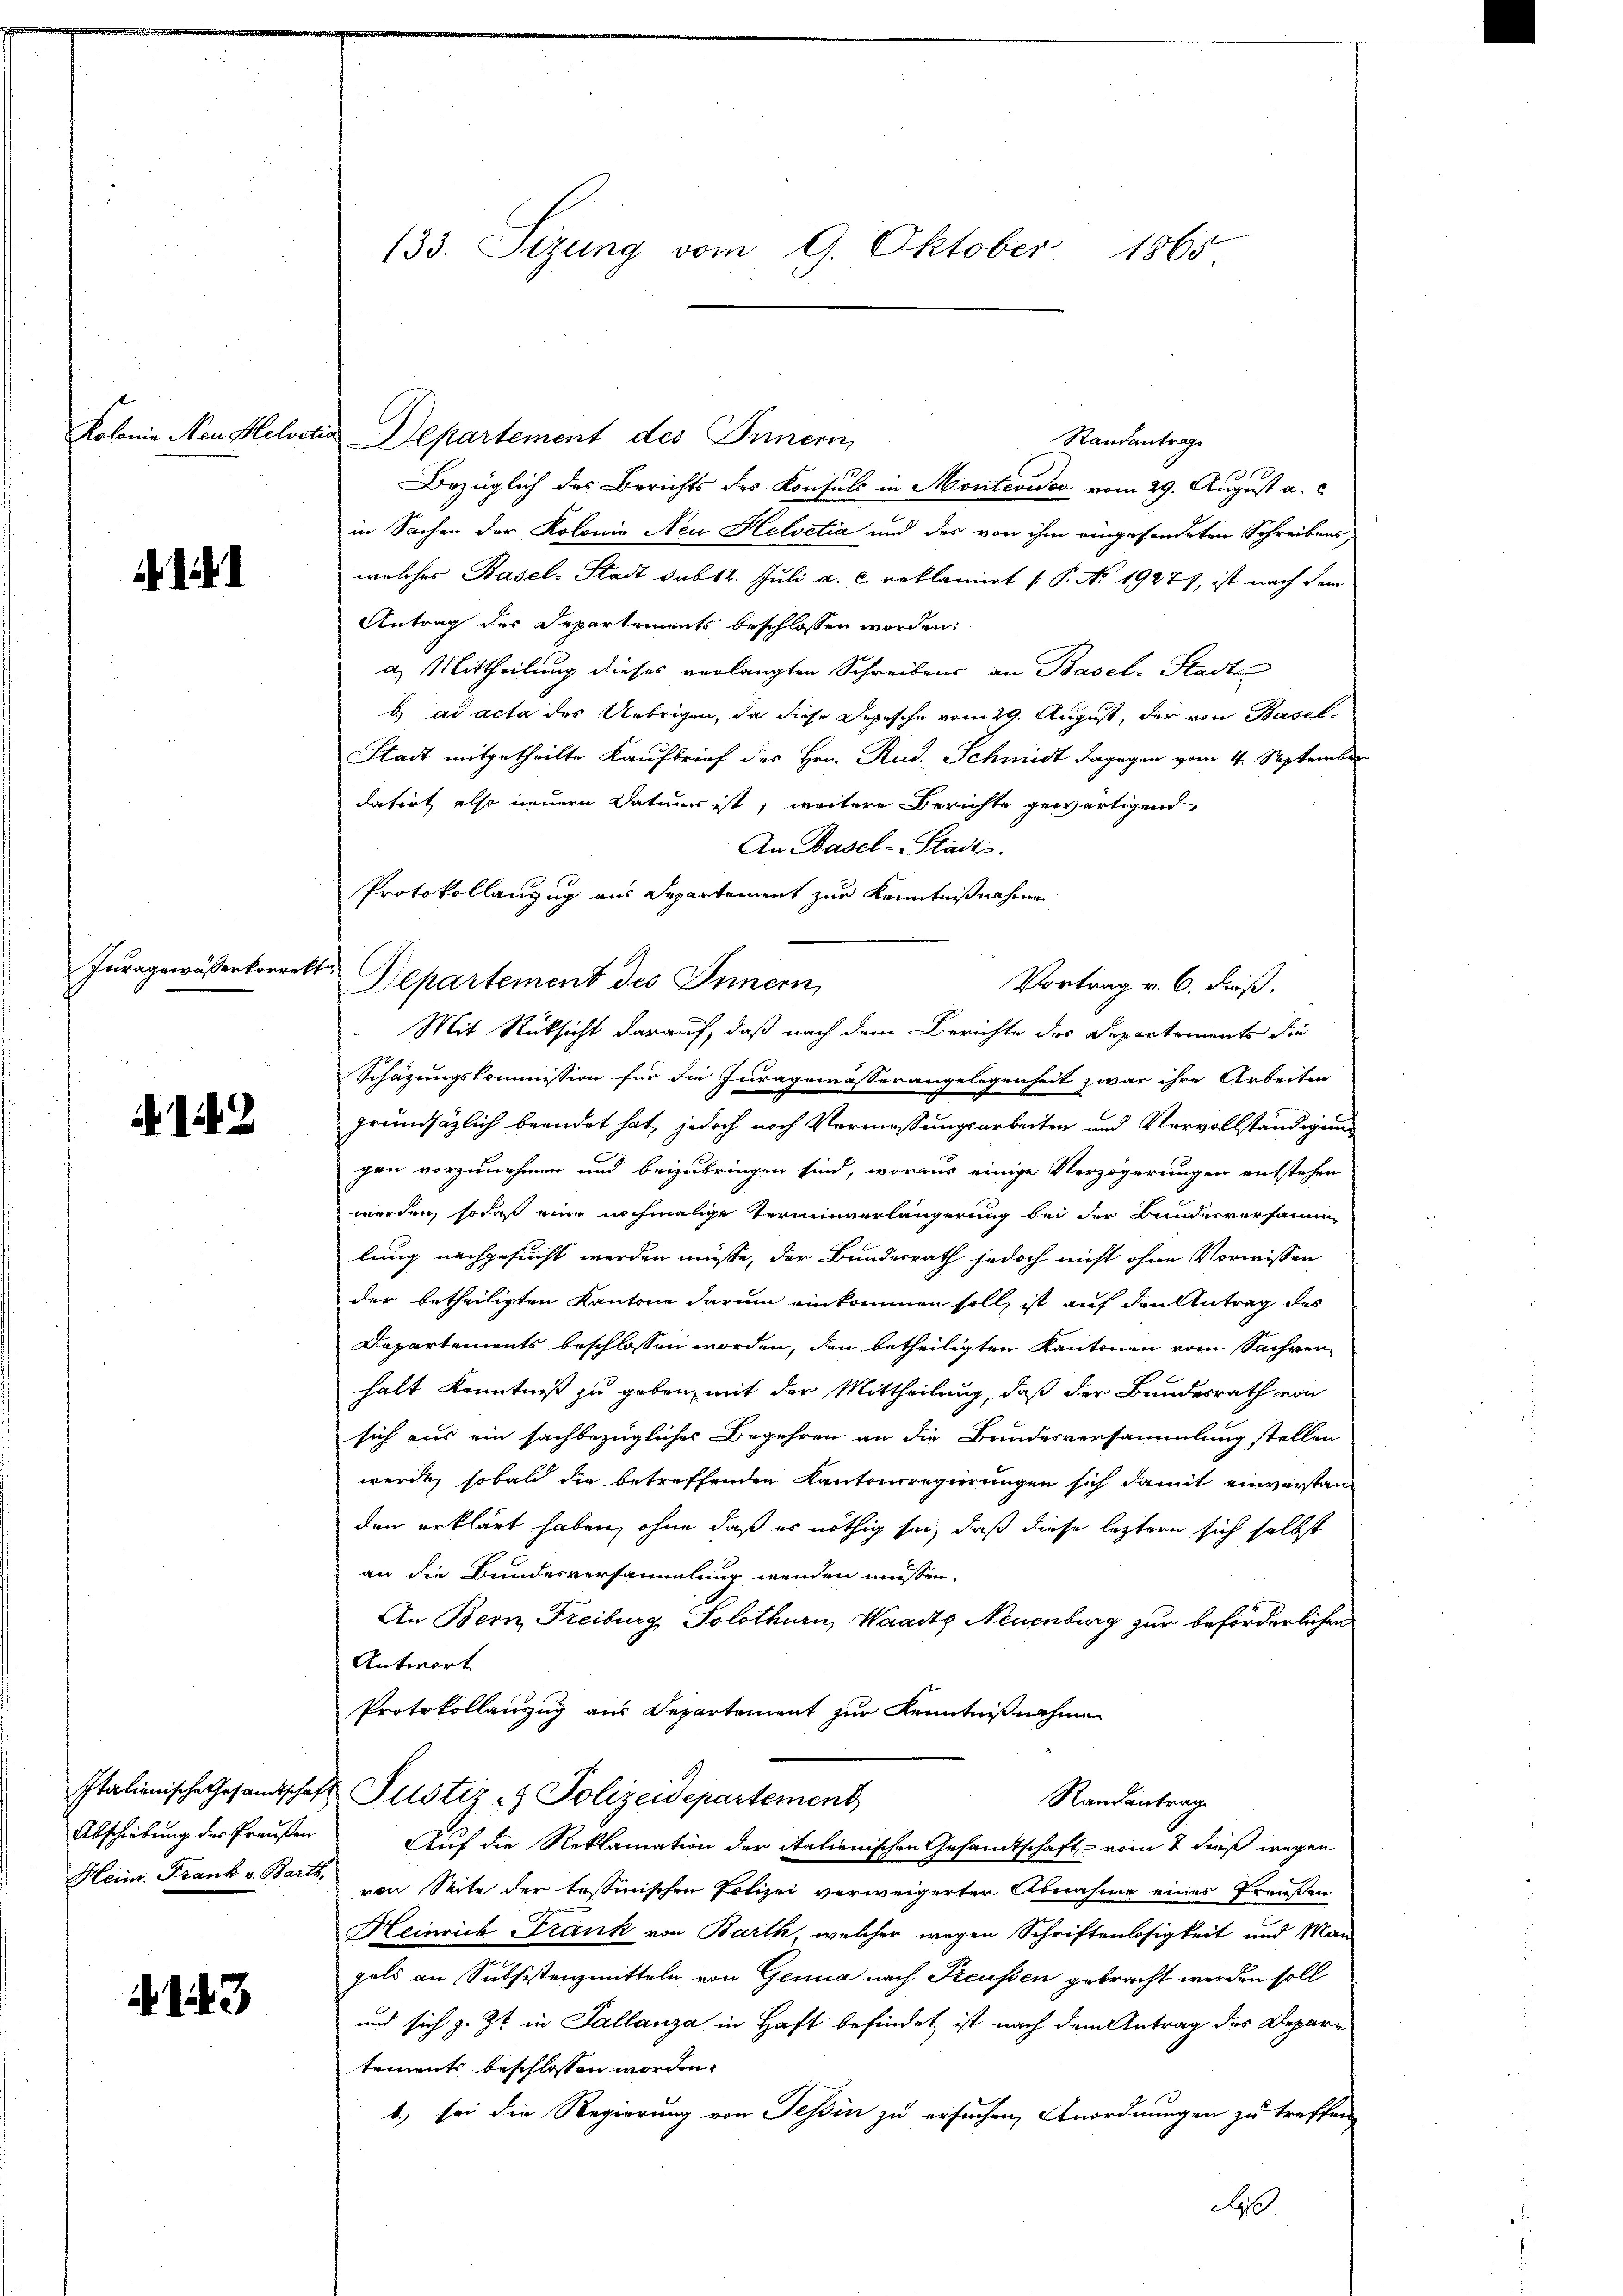
.

Juragewässerkorrekti

142

Abschiebung des Praußen

143

133. Sizung vom 9. Oktober 1865.

Kolonie Neu Helvetia Departement des Innern,
Randantrag
100.
Bezüglich des Berichts des Konsuls in Montevide vom 29. August a. c.
in Sachen der Kolonie Neu Helvetia und des von ihm eingesonderten Schreibens,
welches Basel-Stadt sub 12. Juli a. c. reklamirt [P. No. 1927), ist nach dem
Antrag des Departements beschlossen worden:
a. Mittheilung dieses verlangten Schreibens an Basel-Stadt
b ad acta des Uebrigen, da diese Depesche vom 29. August, der von Basel¬
Stadt mitgetheilte Kaufbrief des Hrn. Rud. Schmidt dagegen vom 4. September
datirt also neuern Datuum ist, weitere Berichte gewärtigend
An Basel-Stadt.
Protokollanzug aus Separtement zur Kenntnißnahme
Departement des Innern,
Vortrag v. 6. dieß.
Mit Rücksicht darauf, daß nach dem Berichte des Departements die
Schazungskommission für die Juragewasser angelegenheit zwar ihre Arbeiten
grundsätzlich beendet hat, jedoch nach Vermessungsarbeiten und Vervollständigung
gen vorzunehmen und beizubringen sind, woraus einige Verzögerungen entstehen
werden, sodaß eine nochmalige Terminverlängerung bei der Bunderversammlung nachgesucht werden müsse, der Bundesrath jedoch nicht ohne Vorwissen
der betheiligten Kantone darum einkommen soll, ist auf den Antrag des
Departements beschlossen worden, den betheiligten Kantonen vom Sachverhalt Kenntniß zu geben, mit der Mittheilung, daß der Bundesrath von
sich aus ein sachbezügliches Begehren an die Bundesversammlung stellen
werde, sobald die betreffenden Kantonsregierungen sich damit einverstanden erklärt haben, ohne daß es nöthig sei, daß diese leztern sich selbst
an die Bundesversammlung wenden müssen.
An Bern, Freiburg, Solothurn, Waadt Neuenburg zur beförderlichen
Antwort
Protokollanzug aus Departement zur Kenntnißnahme
Italienische Gesandtschaft Justiz- & Polizeidepartement
Randantrag
Auf die Reklamation der italienischen Gesandtschaft vom 2 dieß wegen
Heim. Frank v. Barth von Seite der tessinischen Polizei verweigerter Abnahme eines Preußen
Heinrich Frank von Barth, welcher wegen Schriftenlosigkeit und Man
gels an Subsistenzmitteln von Genua nach Treussen gebracht werden soll
und sich z. Zt. in Sallanza in Haft befindet ist nach dem Antrag des Depare
tements beschlossen worden.
1.) sei die Regierung von Tessin zu ersuchen Anordnungen zu treffen
0